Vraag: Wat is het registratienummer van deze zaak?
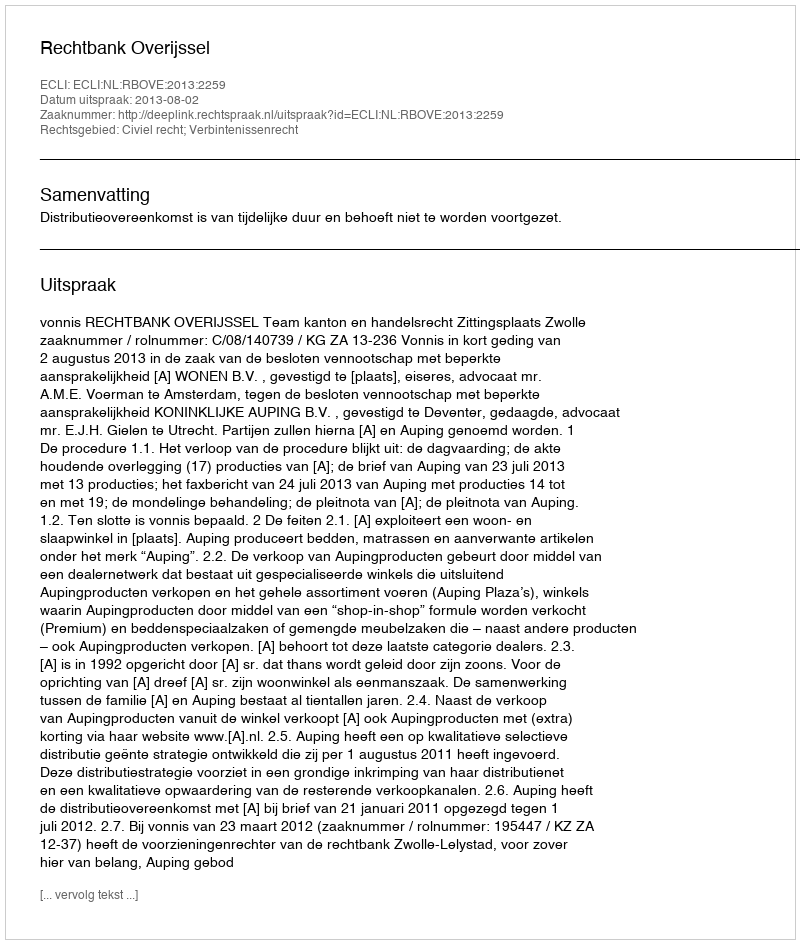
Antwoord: http://deeplink.rechtspraak.nl/uitspraak?id=ECLI:NL:RBOVE:2013:2259